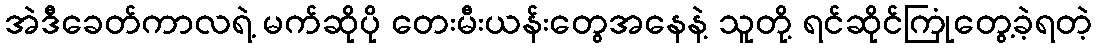
အဲဒီခေတ်ကာလရဲ့ မက်ဆိုပို တေးမီးယန်းတွေအနေနဲ့ သူတို့ ရင်ဆိုင်ကြုံတွေ့ခဲ့ရတဲ့